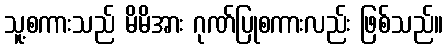
သူ့စကားသည် မိမိအား ဂုဏ်ပြုစကားလည်း ဖြစ်သည်။